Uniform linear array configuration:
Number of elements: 12
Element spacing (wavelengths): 0.5
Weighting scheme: cosine
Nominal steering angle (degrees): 0
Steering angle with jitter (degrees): -1.653
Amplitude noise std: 0.05
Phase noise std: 0.05

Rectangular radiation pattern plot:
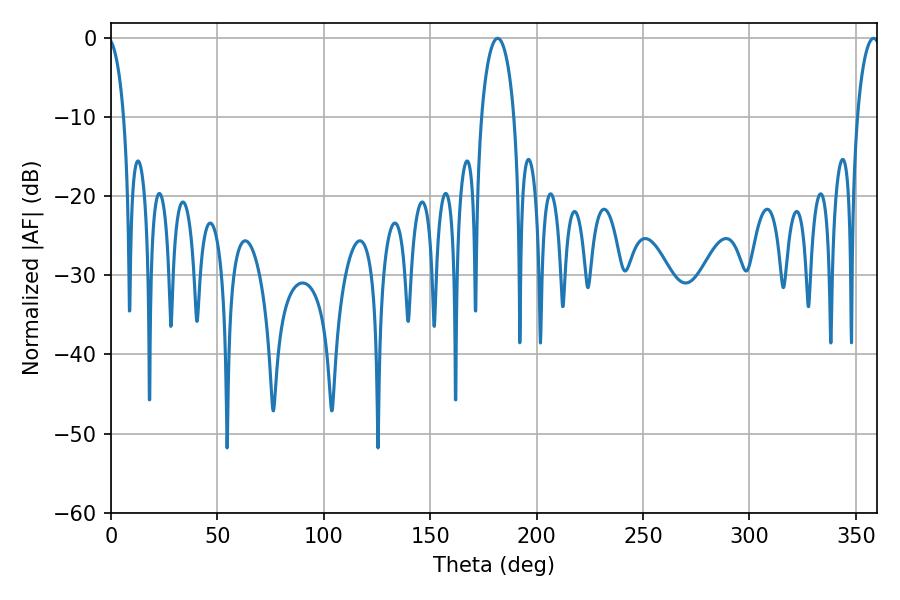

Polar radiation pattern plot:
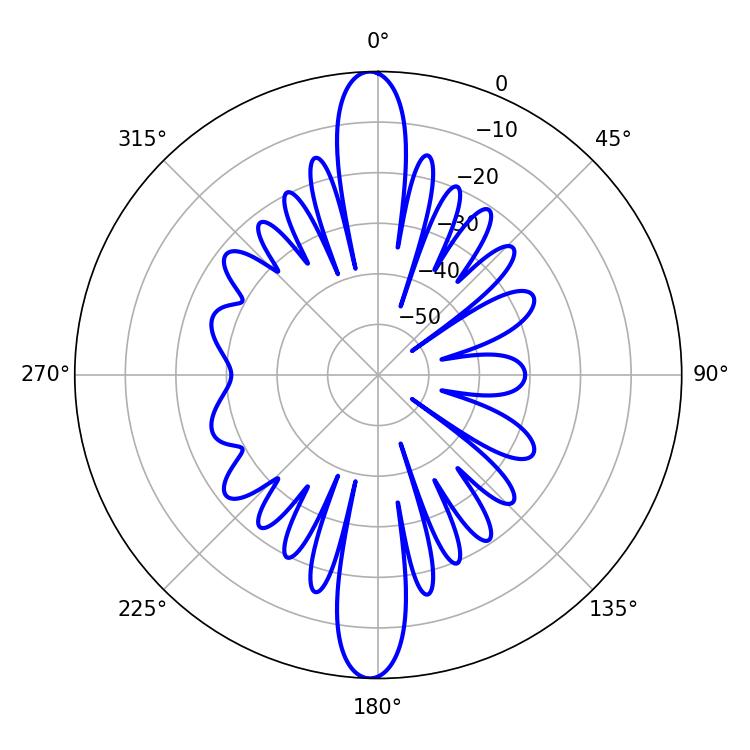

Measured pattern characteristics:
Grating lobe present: FALSE
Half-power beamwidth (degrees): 6.12
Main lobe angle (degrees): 358.38